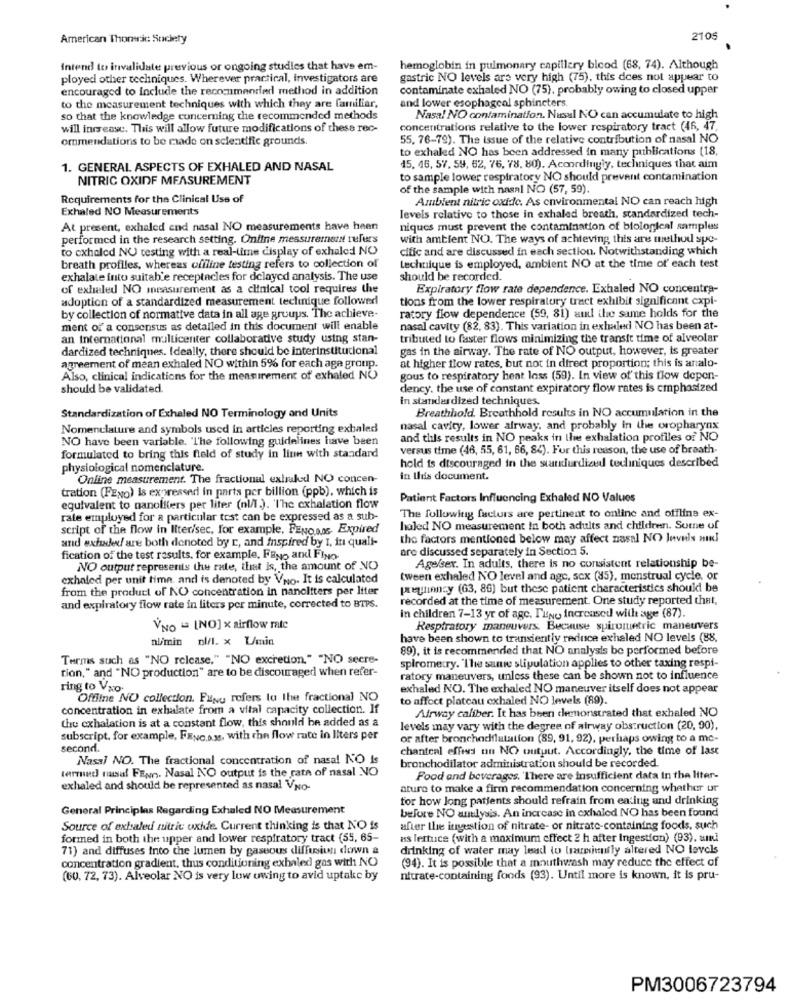
American Thomric Society
210
Intend to invalidate previous or ongoing studies that have em-
hemoglobin in pulmonary capillary bicod (68, 74). Although
ployed other techniques. Wherever practical, investigators are
gastric NO levels are very high (75), this does not appear to
encouraged to include the recommended method in addition
contaminate exhaled NO (75), probably owing to closed upper
and lower esophageal sphincters
to the measurement techniques with which they are familiar,
so that the knowledge concerning the recommended methods
Nasa! NO contamination. Nasal NO can accumulate to high
will increase. This will allow future modifications of these rec-
concentrations relative to the lower respiratory tract (46, 47.
ommendations to be made on scientific grounds.
55, 76-79). The Issue of the relative contribution of nasal NO
to exhaled NO has been addressed in many publications (18,
1. GENERAL ASPECTS OF EXHALED AND NASAL
15. 46, 57, 59, 62, 76, 78. 80). Accordingly, techniques that aim
NITRIC OXIDE MEASUREMENT
to sample lower respiratory NO should prevent contamination
of the sample with nasal NO (57, 59).
Requirements for the Clinical Use of
Ambient nitric oxide. As environmental NO can reach high
Exhaled NO Measurements
levels relative to those in exhaled breath, standardized tech-
At present, exhaled end nasal NO measurements have heen
niques must prevent the contamination of biological samples
performed in the research setting. Onfine measurement refers
with ambient NO. The ways of achieving this are method spo-
to exhaled NO testing with a real-time display of exhalcd NO
cific and are discussed in each section. Notwithstanding which
breath profiles, whereas offline testing refers to collection of
technique is employed, ambient NO at the time of each test
exhalate into suitable receptacles for delayed analysis. The use
should be recorded.
of exhaled NO measurement as a clinical tool requires the
Expiratory flow rate dependence. Exhaled NO concentra-
adoption of a standardized measurement teclinique followed
tions from the lower respiratory tract exhibit significant cxpl-
by collection of normative data in all age groups. The achieve.
ratory flow dependence (59, 81) and the same holds for the
ment of a consensus as detailed in this document will enable
nasal cavity (82, 83). This variation in exhaledi NO has been at-
an International multicenter collaborative study using stan-
tributed to faster flows minimizing the transit time of alveolar
dardized techniques. Ideally, there should be interinstitucional
gas in the airway. The rate of NO output, however, is greater
at higher flow rates, but not in direct proportion; this is analo-
agreement of mean exhaled NO within 5% for each age group.
Also, clinical indications for the measurement of exhaled NU
gous to respiratory heat loss (59). In view of this flow depen-
should be validated.
dency. the use of constant expiratory flow rates is cmphasized
In standardized techniques.
Breathhold. Breathhold results in NO accumulation in the
Standardization of Exhaled NO Terminology and Units
Nomenclature and symbols used in articles reporting exbaled
nasal cavity, lower airway, and probably in the oropharynx
NO have been variable. 'The following guidelines have been
and tlils results in NO peaks in the exhalation profiles of NO
versus time (46, 55, 61, 66, 84). For this reason, the use of breath-
formulated to bring this field of study in line with standard
hold is discouraged in the standurdized tediniques described
physiological nomenclature.
Online measurement. The fractional extraked NO concen-
in this document.
tration (FENO) is expressed in parts per billion (ppb), which is
Patient Factors Influencing Exhaledi NO Values
equivalent to nanoliters per liter (nl/l.). 'The cxhalation flow
The following factors are pertinent to online and offline ex-
rale employed for a particular test can be expressed as a sub-
script of the flow in Iiter/sec, for example, FENOOM, Expired
haled NO measurement In both adults and children. Some of
and exfile/ are both denoted by r, and inspired by I, in quali-
the factors mentioned below may affect nasal NO levels andJ
are discussed separately in Section 5.
fication of the test results. for example, FENO ari FINO-
NO output represents the rate, that is, the amount of NO
Age/sex. In adults, there is no consistent relationship be-
exhaled per unit time and is denoted by VNo. It is calculated
tween exhaled NO level and age, scx (85), menstrual cycle, or
from the product of NO concentration in nanoliters per liter
pregnancy (63, 86) but these patient characteristics should be
recorded at the time of measurement. One study reported that,
and expiratory flow rate in liters per minute, corrected to BTPS.
in children 7-13 yr of age. IlNe increased with age (87).
VNO = [NO] x airflow rate
Respiratory maneuvers. Because spirometric maneuvers
numin nl/1. x U/min
have been shown to transiently reduce exhaled NO levels (88.
89), it is recommended that NO analysis be performed before
Terms such as "NO release," "NO excretion." "NO secre-
tion," and "NO production" are to be discouraged when refer-
spirometry. "The same stipulation applies to other taxing respi-
ratory maneuvers, unless these can be shown not to influence
ring to Vao.
exhaled NO. The exhaled NO maneuver itself does not appear
Offline NO collection. PlNy refers to the fractional NO
to affect plateau exhaled NO levels (89).
concentration in exhalate from a vital capacity collection. If
Airway caliber. It has been chenonstrated that exhaled NO
the exhalation is at a constant flow, this should be added as a
levels may vary with the degree of airway obstruction (20, 90),
subscript, for example, FENO.a.M, with the flow rate in liters per
or after bronchodilatation (89, 91, 92), perhaps owing to a mc-
second.
chantcal effets un NO output. Accordingly, the time of last
Nasal NO. The fractional concentration of nasal NO Is
bronchodilator administration should be recorded.
terrund nasal FENO. Nasal NO output is the rate of nasal NO
Food and beverages. 'There are insufficient data In the liter-
exhaled and should be represented as nasal VNO-
ature to make a firm recommendation concerning whether ur
for how long patients should refrain from eating and drinking
General Principles Regarding Exhaled NO Measurement
before NO antlysis. An increase in cxhaled NO has been found
Source of exhaled nitric oxide. Current thinking is that NO is
after the ingestion of nitrate- or nitrate-containing foods, such
formed in both the upper and lower respiratory tract (55, 65-
ns lettuce (with a maximum effect 2 h after Ingestion) (93), ami
71) and diffuses into the lumen by gaseous diffusion down &
drinking of water may lead to trauminnfly altered NO levels
concentration gradient, thus conditioning exhaled gas with NO
(94). It is possible that a mouthwash may reduce the effect of
(60, 72, 73). Alveolar NO is very low owing to avid uptake by
nitrate-containing foods (93). Until more is known, it is pru-
PM3006723794